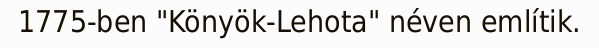
1775-ben "Könyök-Lehota" néven említik.